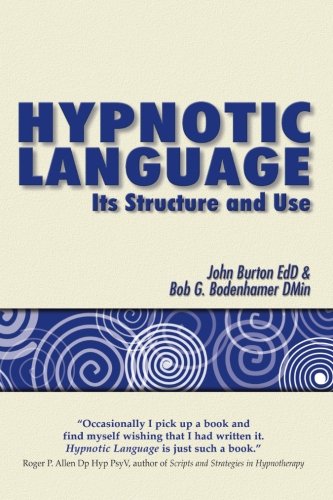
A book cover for Hypnotic Language: Its Structure and Use; John Burton; Health, Fitness & Dieting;